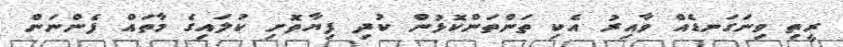
ރީތި ވިނަގަނޑެއް ވާއިރު އެކި ތަންތަންކޮޅުން ކުދި ފިޔާތޮށި ކުލައިގެ މާތައް ފެންނަން